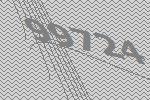
99724